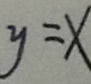
y = x